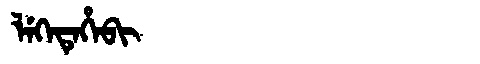
Manchu: ᠯᡝᡴᡝᡨᡝᡥᡝᠪᡳ
Romanization: LEKETEHEBI